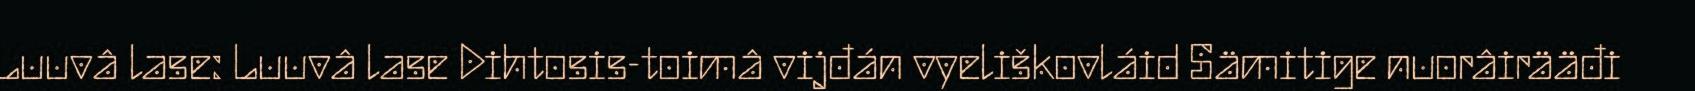
Luuvâ lase: Luuvâ lase Dihtosis-toimâ vijđán vyeliškovláid Sämitige nuorâirääđi